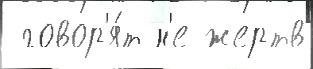
 говор'я́т н'е жертв